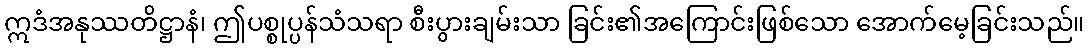
ဣဒံအနုဿတိဋ္ဌာနံ၊ ဤပစ္စုပ္ပန်သံသရာ စီးပွားချမ်းသာ ခြင်း၏အကြောင်းဖြစ်သော အောက်မေ့ခြင်းသည်။